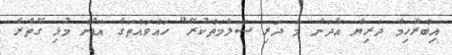
އިބްރާހިމާ ދަރިޔާ އާދަނާ މަ ދަރި ސަލާމަތްކުރޭ" ހައްވައްތަގެ އަޑުން މުޅި ގޭތެރެ